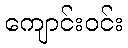
ကျောင်းဝင်း